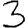
Digit: 3